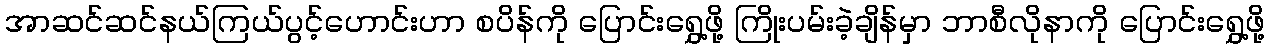
အာဆင်ဆင်နယ်ကြယ်ပွင့်ဟောင်းဟာ စပိန်ကို ပြောင်းရွှေ့ဖို့ ကြိုးပမ်းခဲ့ချိန်မှာ ဘာစီလိုနာကို ပြောင်းရွှေ့ဖို့